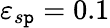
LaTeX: \varepsilon_{s\mathtt{p}}=0.1